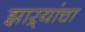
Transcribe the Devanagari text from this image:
झाऱ्यांचा